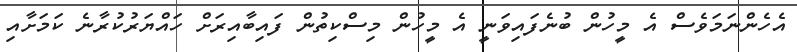
އެހެންނަމަވެސް އެ މީހުން ބުނެފައިވަނީ އެ މީހުން މިސްކިތުން ފައިބާއިރަށް ހައްޔަރުކުރާނެ ކަމަށާއި